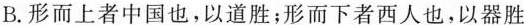
B.形而上者中国也，以道胜；形而下者西人也，以器胜